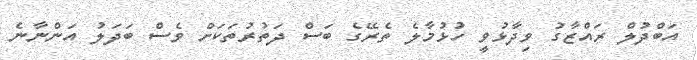
އަބްދުލް ރައްޒާގު ވިދާޅުވީ ހުޅުމާލެ ތެރޭގެ ބަސް ދަތުރުތަކަށް ވެސް ބަދަލު އަންނާނެ